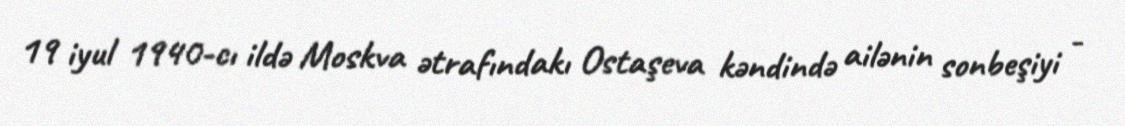
19 iyul 1940-cı ildə Moskva ətrafındakı Ostaşeva kəndində ailənin sonbeşiyi -